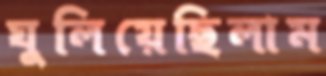
ঘুলিয়েছিলাম